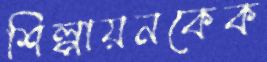
শিল্পায়নকেক